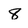
Character: 8